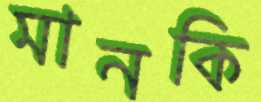
মানকি